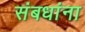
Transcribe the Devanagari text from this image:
संबधांना